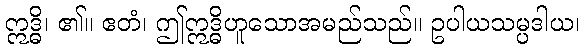
ဣဒ္ဓိ၊ ၏။ ဧတံ၊ ဤဣဒ္ဓိဟူသောအမည်သည်။ ဥပါယသမ္ပဒါယ၊